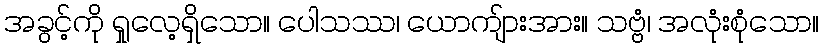
အခွင့်ကို ရှုလေ့ရှိသော။ ပေါသဿ၊ ယောကျ်ားအား။ သဗ္ဗံ၊ အလုံးစုံသော။